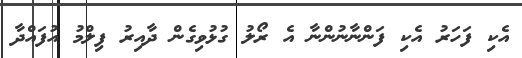
އެކި ފަހަރު އެކި ފަންނާނުންނާ އެ ރޯލު ގުޅުވިގެން ދާއިރު ފިލްމު އުފައްދާ